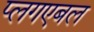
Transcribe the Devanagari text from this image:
प्लगएबल